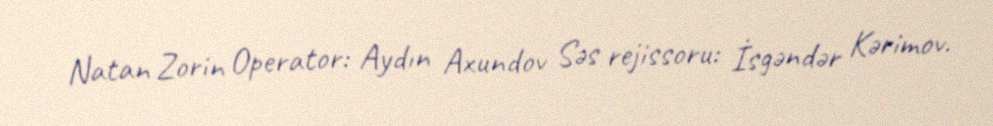
Natan Zorin Operator: Aydın Axundov Səs rejissoru: İsgəndər Kərimov.